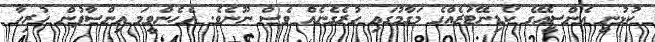
ކުޅުނީ އެންސީއޭގެ ކޯޑިނޭޓަރެއްގެ މަގާމުގައި ހުރެގެނެއް ވެސް ނޫނެވެ. އެހެންވީމަ އިންސާފުން ހުރިހާ